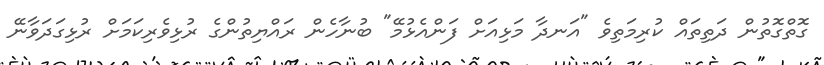
ގޮތްގޮތުން ދަތިތައް ކުރިމަތިވެ "އަނދާ މަޅިއަށް ފަންއެޅުމޭ" ބުނާހެން ރައްޔިތުންގެ ރުޅިވެރިކަމަށް ރުޅިގަދަވާނޭ